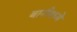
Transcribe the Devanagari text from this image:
बानीमध्ये